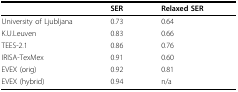
<table><thead><tr><td></td><td><b>SER</b></td><td><b>Relaxed SER</b></td></tr></thead><tbody><tr><td>University of Ljubljana</td><td>0.73</td><td>0.64</td></tr><tr><td>K.U.Leuven</td><td>0.83</td><td>0.66</td></tr><tr><td>TEES-2.1</td><td>0.86</td><td>0.76</td></tr><tr><td>IRISA-TexMex</td><td>0.91</td><td>0.60</td></tr><tr><td>EVEX (orig)</td><td>0.92</td><td>0.81</td></tr><tr><td>EVEX (hybrid)</td><td>0.94</td><td>n/a</td></tr></tbody></table>